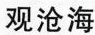
观沧海